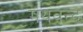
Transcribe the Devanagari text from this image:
मयवन्द